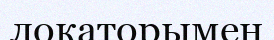
локаторымен